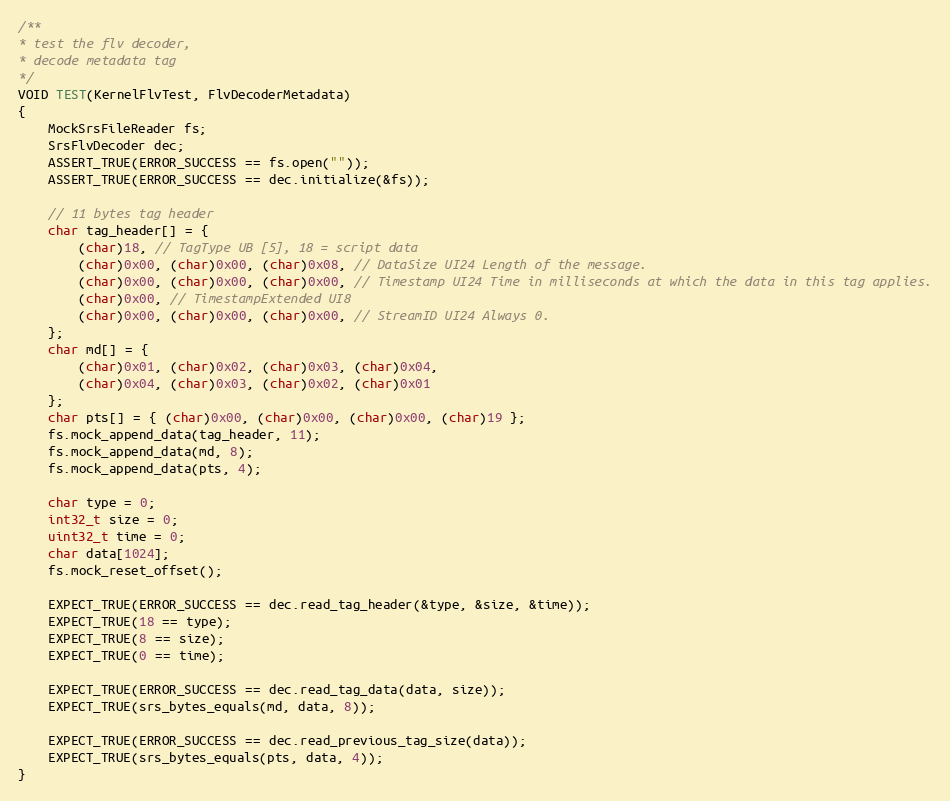
Language: C++
/**
* test the flv decoder,
* decode metadata tag
*/
VOID TEST(KernelFlvTest, FlvDecoderMetadata)
{
    MockSrsFileReader fs;
    SrsFlvDecoder dec;
    ASSERT_TRUE(ERROR_SUCCESS == fs.open(""));
    ASSERT_TRUE(ERROR_SUCCESS == dec.initialize(&fs));

    // 11 bytes tag header
    char tag_header[] = {
        (char)18, // TagType UB [5], 18 = script data
        (char)0x00, (char)0x00, (char)0x08, // DataSize UI24 Length of the message.
        (char)0x00, (char)0x00, (char)0x00, // Timestamp UI24 Time in milliseconds at which the data in this tag applies.
        (char)0x00, // TimestampExtended UI8
        (char)0x00, (char)0x00, (char)0x00, // StreamID UI24 Always 0.
    };
    char md[] = {
        (char)0x01, (char)0x02, (char)0x03, (char)0x04,
        (char)0x04, (char)0x03, (char)0x02, (char)0x01
    };
    char pts[] = { (char)0x00, (char)0x00, (char)0x00, (char)19 };
    fs.mock_append_data(tag_header, 11);
    fs.mock_append_data(md, 8);
    fs.mock_append_data(pts, 4);

    char type = 0;
    int32_t size = 0;
    uint32_t time = 0;
    char data[1024];
    fs.mock_reset_offset();

    EXPECT_TRUE(ERROR_SUCCESS == dec.read_tag_header(&type, &size, &time));
    EXPECT_TRUE(18 == type);
    EXPECT_TRUE(8 == size);
    EXPECT_TRUE(0 == time);

    EXPECT_TRUE(ERROR_SUCCESS == dec.read_tag_data(data, size));
    EXPECT_TRUE(srs_bytes_equals(md, data, 8));

    EXPECT_TRUE(ERROR_SUCCESS == dec.read_previous_tag_size(data));
    EXPECT_TRUE(srs_bytes_equals(pts, data, 4));
}